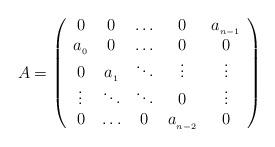
LaTeX: \begin{align*}A = \left( \begin{array}{ccccc}0 & 0 & \ldots &0 & a_{_{n-1}} \\a_{_0} & 0 &\ldots &0 & 0 \\0 & a_{_1} & \ddots &\vdots &\vdots \\\vdots& \ddots &\ddots &0 &\vdots\\0& \ldots &0 & a_{_{n-2}} & 0\end{array}\right)\end{align*}